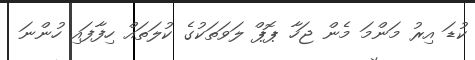
ކުޑަ އިރު މަންމަ މެން ޖަހާ ޕޮޕް ލަވަތަކުގެ ކުލަތައް ހިފާފައި ހުންނަ